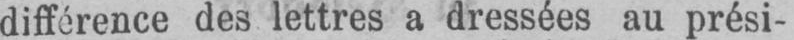
différence des lettres a dressées au prési-